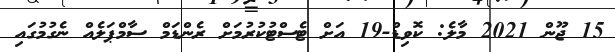
15 ޖޫން 2021 މާލެ: ކޮވިޑް-19 އަށް ޓެސްޓުކުރުމަށް ރެންޑަމް ސާމްޕަލެއް ނެގުމުގައި